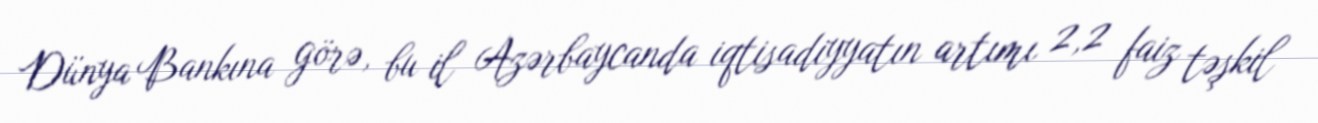
Dünya Bankına görə, bu il Azərbaycanda iqtisadiyyatın artımı 2,2 faiz təşkil